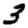
Digit: 3